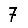
Digit: 7